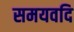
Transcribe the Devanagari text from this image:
समयवदि